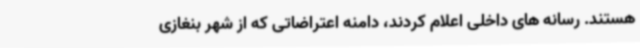
هستند. رسانه های داخلی اعلام کردند، دامنه اعتراضاتی که از شهر بنغازی